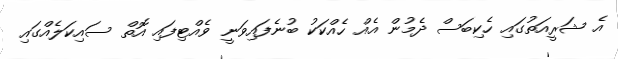
އެ ޝަރީއަތުގައި ހެކިބަސް ދެމުން އެއް ހެއްކަކު ބުނެފައިވަނީ ވެއްޓިފައި އޮތް ސައިކަލެއްގައި